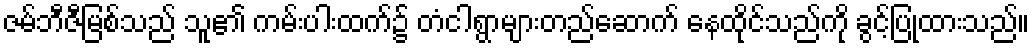
ဇမ်ဘီဇီမြစ်သည် သူ၏ ကမ်းပါးထက်၌ တံငါရွာများတည်ဆောက် နေထိုင်သည်ကို ခွင့်ပြုထားသည်။